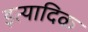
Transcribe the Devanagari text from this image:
इत्यादिक